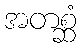
အတစ္ဆံ